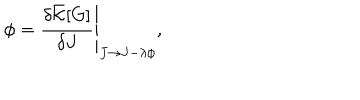
LaTeX: \phi = \left. \frac { \delta \bar { \cal K } [ G ] } { \delta J } \right| _ { J \rightarrow J - \lambda \phi } ,